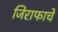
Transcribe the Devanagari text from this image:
जिराफाचे